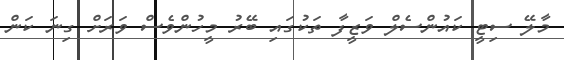
މާލޭ ސިޓީ ކައުންސެލް ވަޒީފާ ތަކުގައި ބޭރު މީހުންވެސް ވަރަށް ގިނަ ކަން